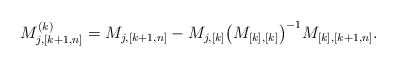
\begin{align*} M^{(k)}_{j,[k+1,n]}= M_{j,[k+1,n]} -M_{j,[k]} \big(M_{[k],[k]} \big)^{-1} M_{[k], [k+1,n]}.\end{align*}